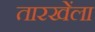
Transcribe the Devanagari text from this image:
तारखेंला